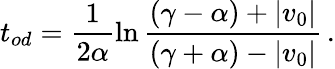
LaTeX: t_{od}=\frac{1}{2\alpha}\ln\frac{(\gamma-\alpha)+|v_{0}|}{(\gamma+\alpha)-|v_{0}|}\, .